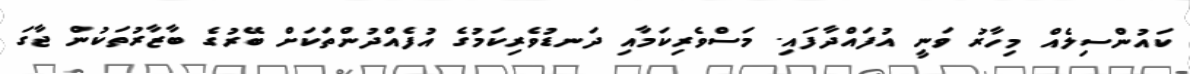
ކައުންސިލެއް މިހާރު ވަނީ އުފައްދާފައި. މަސްވެރިކަމާއި ދަނޑުވެރިކަމުގެ އުފެއްދުންތަކަށް ބޭރުގެ ބާޒާރުތަކުން ޖާގަ